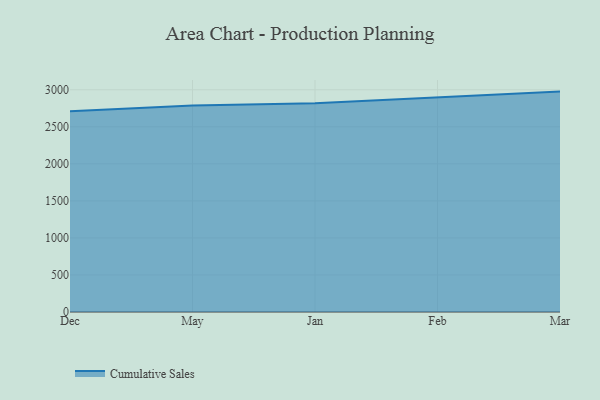
{"axis": {"x": "Month", "y": "LTV (USD)"}, "legend": ["Cumulative Sales"], "data": [{"x": "Dec", "y": 2710.5, "type": "Cumulative Sales"}, {"x": "May", "y": 2786.7, "type": "Cumulative Sales"}, {"x": "Jan", "y": 2819.6, "type": "Cumulative Sales"}, {"x": "Feb", "y": 2894.7, "type": "Cumulative Sales"}, {"x": "Mar", "y": 2975.3, "type": "Cumulative Sales"}]}